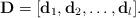
LaTeX: \begin{align*} \mathbf{D}=[\mathbf{d}_1,\mathbf{d}_2,\dots,\mathbf{d}_l]. \end{align*}